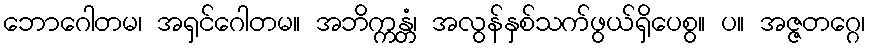
ဘောဂေါတမ၊ အရှင်ဂေါတမ။ အဘိက္ကန္တံ၊ အလွန်နှစ်သက်ဖွယ်ရှိပေစွ။ ပ။ အဇ္ဇတဂ္ဂေ၊